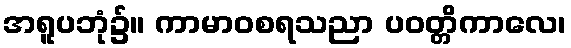
အရူပဘုံ၌။ ကာမာဝစရသညာ ပဝတ္တိကာလေ၊